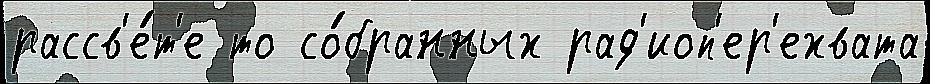
рассв'е́т'е то со́бранных рад'иоп'ер'ехвата